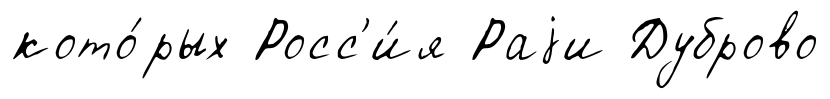
кото́рых Росс'и́я Раjи Дуброво